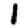
Digit: 1